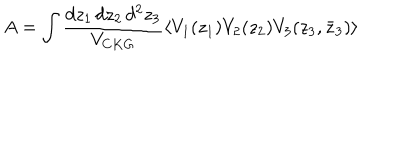
A = \int \frac { d z _ { 1 } \, d z _ { 2 } \, d ^ { 2 } z _ { 3 } } { V _ { C K G } } \langle V _ { 1 } ( z _ { 1 } ) V _ { 2 } ( z _ { 2 } ) V _ { 3 } ( z _ { 3 } , \bar { z } _ { 3 } ) \rangle